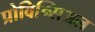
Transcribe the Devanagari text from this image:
प्रोविन्सिअल